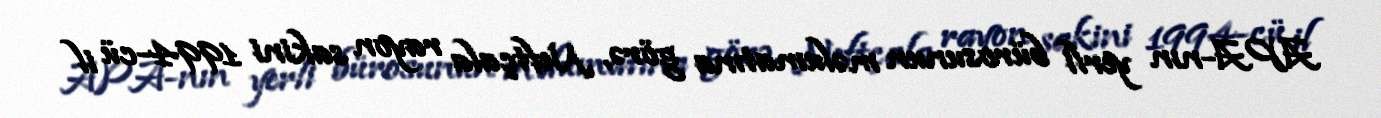
APA-nın yerli bürosunun məlumatına görə, Neftçala rayon sakini 1994-cü il